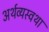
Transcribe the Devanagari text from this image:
अर्थव्यस्वथा